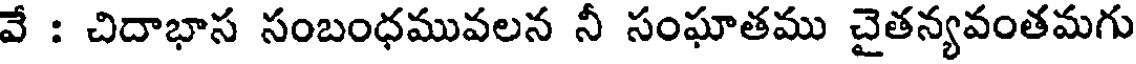
వే : చిదాభాస సంబంధమువలన నీ సంఘాతము చైతన్యవంతమగు